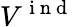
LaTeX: V^{\mathrm{~i~n~d~}}